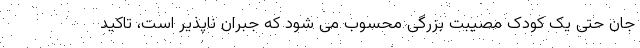
جان حتی یک کودک مصیبت بزرگی محسوب می شود که جبران ناپذیر است، تاکید